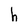
Character: h